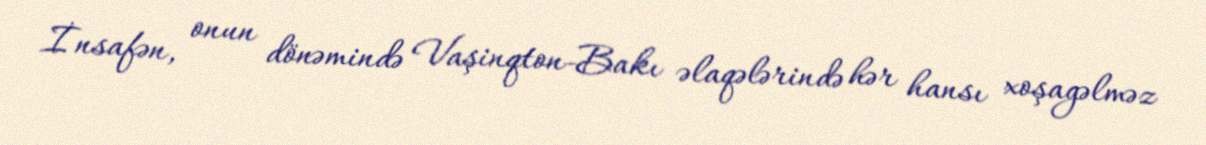
İnsafən, onun dönəmində Vaşinqton-Bakı əlaqələrində hər hansı xoşagəlməz